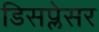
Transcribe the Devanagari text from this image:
डिसप्लेसर